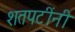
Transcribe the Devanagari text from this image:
शतपटींनी